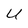
Character: U